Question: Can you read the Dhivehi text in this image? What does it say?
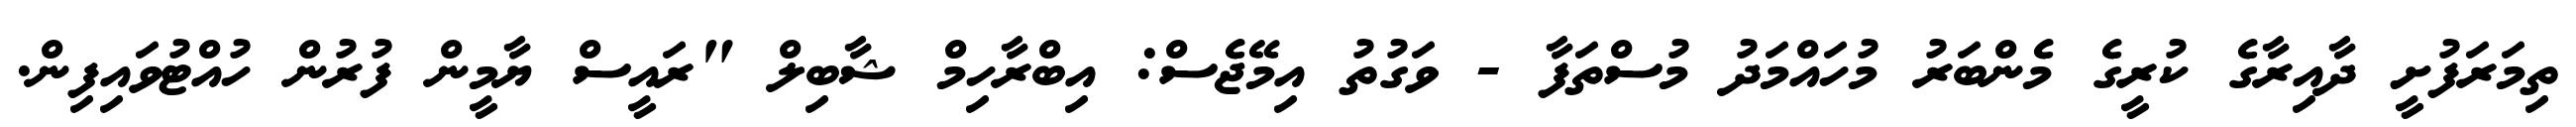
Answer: ތިމަރަފުށީ ދާއިރާގެ ކުރީގެ މެންބަރު މުހައްމަދު މުސްތަފާ - ވަގުތު އިމޭޖެސް: އިބްރާހިމް ޝާބިލް "ރައީސް ޔާމީން ފުރުން ހުއްޓުވައިފިން.